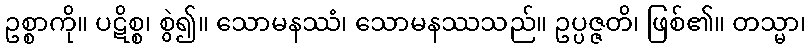
ဥစ္စာကို။ ပဋိစ္စ၊ စွဲ၍။ သောမနဿံ၊ သောမနဿသည်။ ဥပ္ပဇ္ဇတိ၊ ဖြစ်၏။ တသ္မာ၊